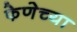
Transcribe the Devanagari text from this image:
फेणेच्या